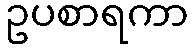
ဥပစာရကာ